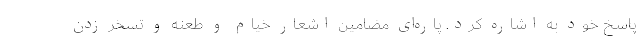
پاسخ خود به اشاره کرد. پاره‌ای مضامین اشعار خیام و طعنه و تسخر زدن